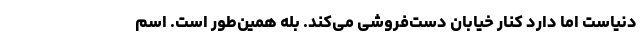
دنیاست اما دارد کنار خیابان دست‌فروشی می‌کند. بله همین‌طور است. اسم